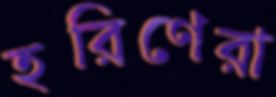
হরিণেরা